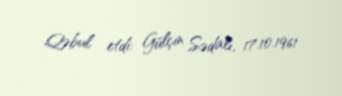
Qəbul etdi: Gülçin Sədalı, 17.10.1961